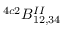
^ { 4 c 2 } B _ { 1 2 , 3 4 } ^ { I I }